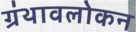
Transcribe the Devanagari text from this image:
ग्रंथावलोकन